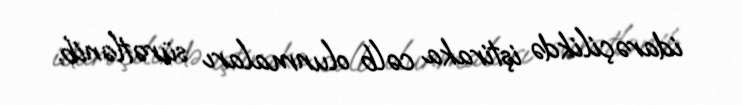
idarəçilikdə iştiraka cəlb olunmaları sürətlənib.